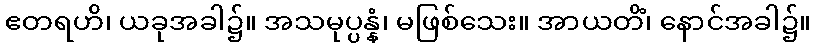
ဧတရဟိ၊ ယခုအခါ၌။ အသမုပ္ပန္နံ၊ မဖြစ်သေး။ အာယတိံ၊ နောင်အခါ၌။